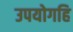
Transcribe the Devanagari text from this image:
उपयोगहि